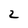
Character: 2